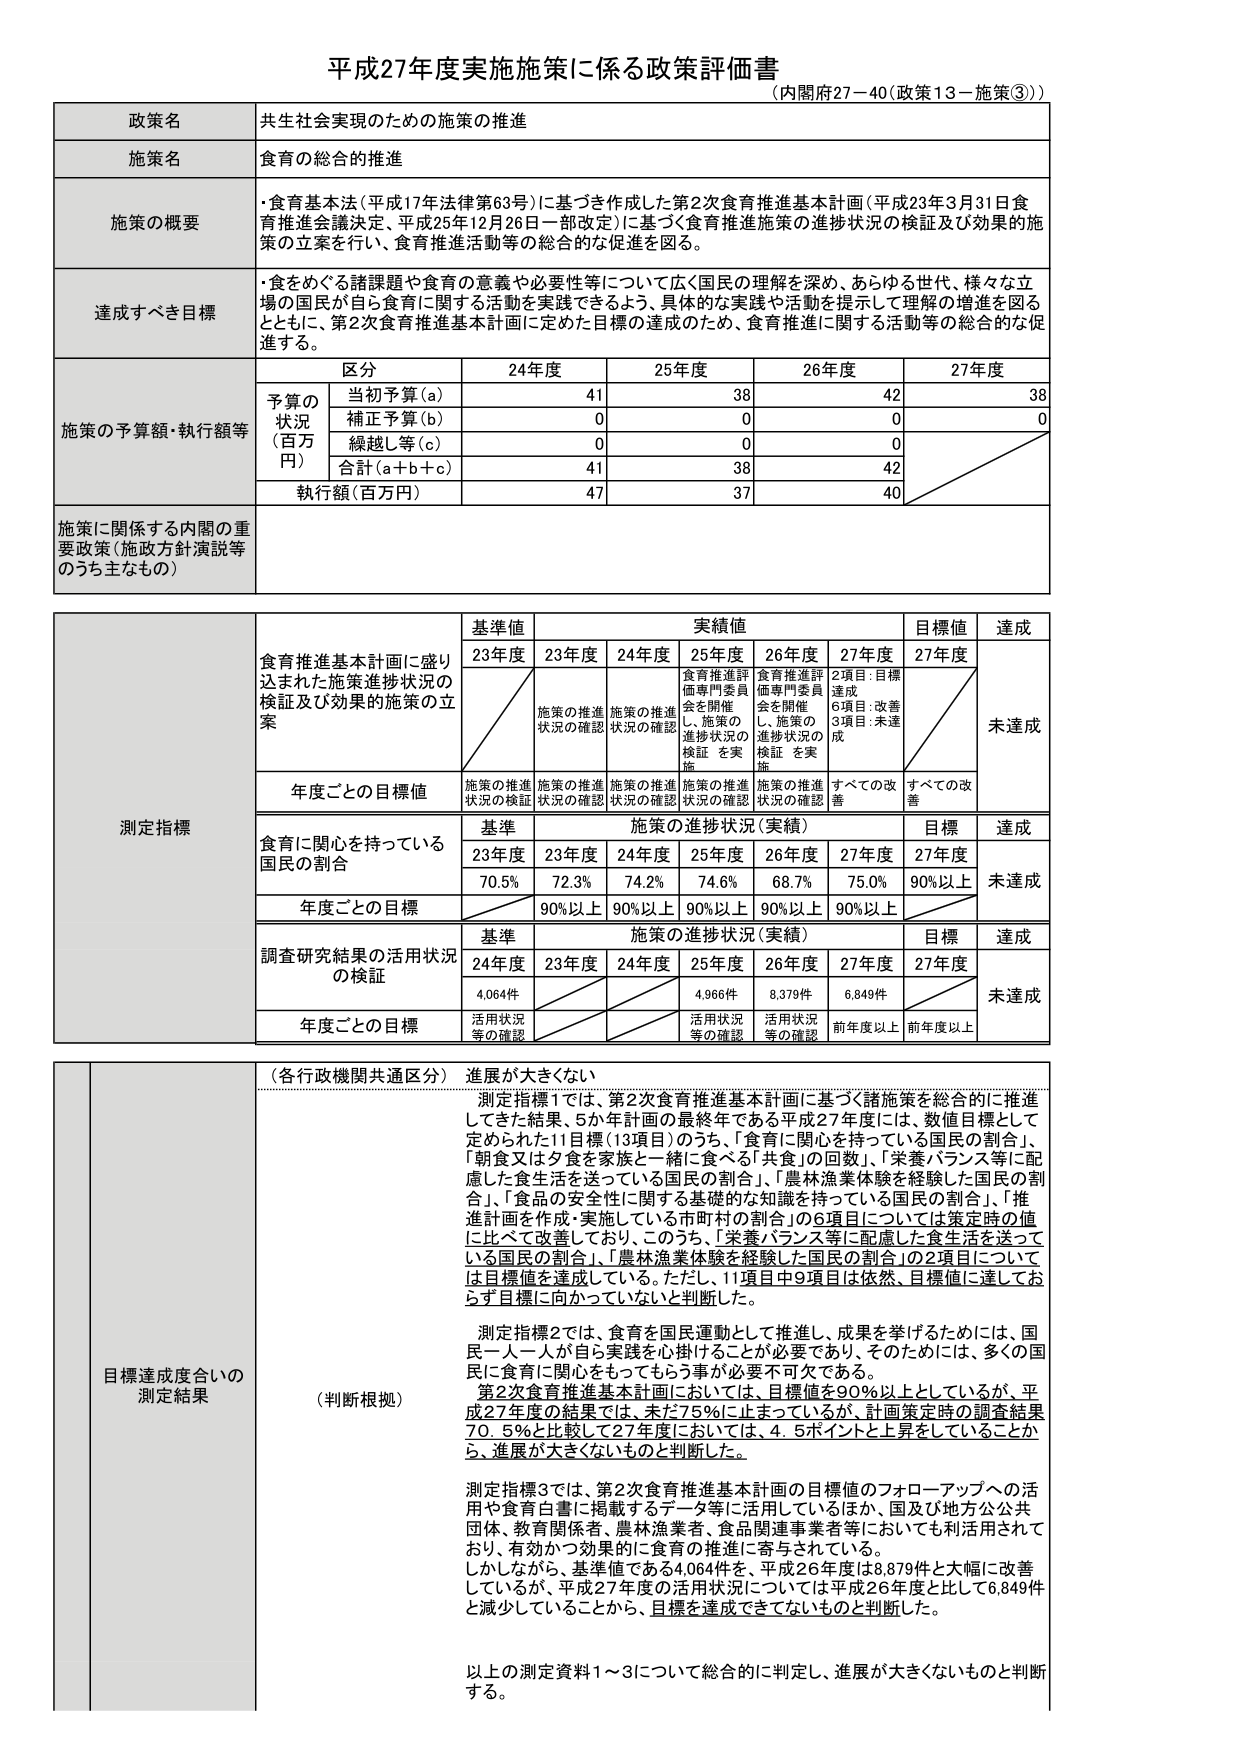
平成27年度実施施策に係る政策評価書
（内閣府27－40（政策13－施策③））

政策名 共生社会実現のための施策の推進
施策名 食育の総合的推進

施策の概要
・食育基本法（平成17年法律第63号）に基づき作成した第2次食育推進基本計画（平成23年3月31日食育推進会議決定、平成25年12月26日一部改正）に基づく食育推進施策の進捗状況の検証及び効果的施策の立案を行い、食育推進活動等の総合的な促進を図る。

達成すべき目標
・食をめぐる諸課題や食育の意義や必要性等について広く国民の理解を深め、あらゆる世代、様々な立場の国民が自ら食育に関する活動を実践できるよう、具体的な実践や活動を提示して理解の増進を図るとともに、第2次食育推進基本計画に定めた目標の達成のため、食育推進に関する活動等の総合的な促進する。

施策の予算額・執行額等
区分 24年度 25年度 26年度 27年度
予算の状況（百万円）
当初予算（a） 41 38 42 38
補正予算（b） 0 0 0 0
繰越し等（c） 0 0 0
合計（a＋b＋c） 41 38 42
執行額（百万円） 47 37 40

施策に関係する内閣の重要政策（施政方針演説等のうち主なもの）

測定指標
食育推進基本計画に盛り込まれた施策進捗状況の検証及び効果的施策の立案
基準値 実績値 目標値 達成
23年度 23年度 24年度 25年度 26年度 27年度 27年度
施策の推進状況の確認 施策の推進状況の確認 食育推進評価専門委員会を開催し、施策の進捗状況の検証を実施 食育推進評価専門委員会を開催し、施策の進捗状況の検証を実施 2項目：目標達成 6項目：改善 3項目：未達成 未達成
年度ごとの目標値 施策の推進状況の確認 施策の推進状況の確認 施策の推進状況の確認 施策の推進状況の確認 施策の推進状況の確認 すべての改善 すべての改善

食育に関心を持っている国民の割合
基準 施策の進捗状況（実績） 目標 達成
23年度 23年度 24年度 25年度 26年度 27年度 27年度
70.5% 72.3% 74.2% 74.6% 68.7% 75.0% 90%以上 未達成
年度ごとの目標 90%以上 90%以上 90%以上 90%以上 90%以上

調査研究結果の活用状況の検証
基準 施策の進捗状況（実績） 目標 達成
24年度 23年度 24年度 25年度 26年度 27年度 27年度
4,064件 4,966件 8,379件 6,849件
活用状況等の確認 活用状況等の確認 活用状況等の確認 前年度以上 前年度以上 未達成
年度ごとの目標

目標達成度合いの測定結果
（各行政機関共通区分） 進展が大きくない
（判断根拠）
測定指標1では、第2次食育推進基本計画に基づく諸施策を総合的に推進してきた結果、5か年計画の最終年である平成27年度には、数値目標として定められた11目標（13項目）のうち、「食育に関心を持っている国民の割合」、「朝食又は夕食を家族と一緒に食べる「共食」の回数」、「栄養バランス等に配慮した食生活を送っている国民の割合」、「農林漁業体験を経験した国民の割合」、「食品の安全性に関する基礎的な知識を持っている国民の割合」、「推進計画を作成・実施している市町村の割合」の6項目については策定時の値に比べて改善しており、このうち、「栄養バランス等に配慮した食生活を送っている国民の割合」、「農林漁業体験を経験した国民の割合」の2項目については目標値を達成している。ただし、11項目中9項目は依然、目標値に達しておらず目標に向かっていないと判断した。

測定指標2では、食育を国民運動として推進し、成果を挙げるためには、国民一人一人が自ら実践を心掛けることが必要であり、そのためには、多くの国民に食育に関心をもってもらう事が必要不可欠である。
第2次食育推進基本計画においては、目標値を90％以上としているが、平成27年度の結果では、未だ75％に止まっているが、計画策定時の調査結果70．5％と比較して27年度においては、4．5ポイントと上昇していることから、進展が大きくないものと判断した。

測定指標3では、第2次食育推進基本計画の目標値のフォローアップへの活用や食育白書に掲載するデータ等に活用しているほか、国及び地方公共団体、教育関係者、農林漁業者、食品関連事業者等においても利活用されており、有効かつ効果的に食育の推進に寄与されている。
しかしながら、基準値である4,064件を、平成26年度は8,879件と大幅に改善しているが、平成27年度の活用状況については平成26年度と比して6,849件と減少していることから、目標を達成できていないものと判断した。

以上の測定資料1～3について総合的に判定し、進展が大きくないものと判断する。